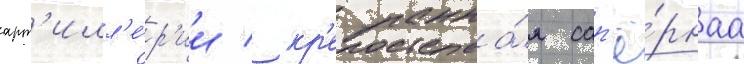
арт'илл'е́р'ии / кр'епостна́я сап'ё́рнаа